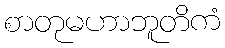
စာတုမဟာဘူတိကံ